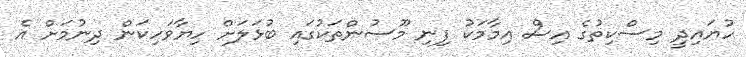
ހުޔައިދީ މިސްކިތުގެ އިސް އިމާމަކު ފިނި މޫސުންތަކުގައި ބުޅަލަށް ހިޔާވަހިކަން ދިނުމަށް އެ